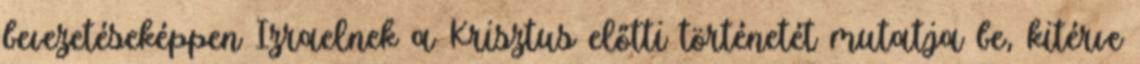
bevezetéseképpen Izraelnek a Krisztus előtti történetét mutatja be, kitérve